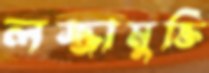
লজ্জামুক্তি